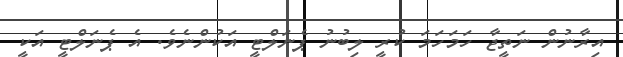
އިރާނުން ނަތީޖާ ހަމަހަމަ ކުރީ ލިބުނު ޕެނަލްޓީ އަކުންނެވެ. އެ ޕެނަަލްޓީ އަކީ